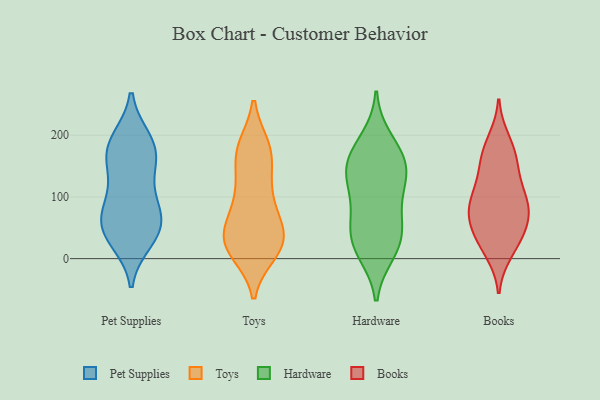
{"axis": {"x": "Population (Million)", "y": "Value"}, "legend": ["Books", "Hardware", "Pet Supplies", "Toys"], "data": [{"x": "", "y": 50, "type": "Pet Supplies"}, {"x": "", "y": 89, "type": "Pet Supplies"}, {"x": "", "y": 98, "type": "Pet Supplies"}, {"x": "", "y": 30, "type": "Pet Supplies"}, {"x": "", "y": 169, "type": "Pet Supplies"}, {"x": "", "y": 192, "type": "Pet Supplies"}, {"x": "", "y": 192, "type": "Pet Supplies"}, {"x": "", "y": 74, "type": "Pet Supplies"}, {"x": "", "y": 138, "type": "Pet Supplies"}, {"x": "", "y": 44, "type": "Pet Supplies"}, {"x": "", "y": 60, "type": "Pet Supplies"}, {"x": "", "y": 171, "type": "Pet Supplies"}, {"x": "", "y": 165, "type": "Pet Supplies"}, {"x": "", "y": 40, "type": "Pet Supplies"}, {"x": "", "y": 16, "type": "Toys"}, {"x": "", "y": 26, "type": "Toys"}, {"x": "", "y": 41, "type": "Toys"}, {"x": "", "y": 165, "type": "Toys"}, {"x": "", "y": 10, "type": "Toys"}, {"x": "", "y": 66, "type": "Toys"}, {"x": "", "y": 16, "type": "Toys"}, {"x": "", "y": 26, "type": "Toys"}, {"x": "", "y": 15, "type": "Toys"}, {"x": "", "y": 35, "type": "Toys"}, {"x": "", "y": 60, "type": "Toys"}, {"x": "", "y": 100, "type": "Toys"}, {"x": "", "y": 116, "type": "Toys"}, {"x": "", "y": 180, "type": "Toys"}, {"x": "", "y": 181, "type": "Toys"}, {"x": "", "y": 47, "type": "Toys"}, {"x": "", "y": 91, "type": "Toys"}, {"x": "", "y": 168, "type": "Toys"}, {"x": "", "y": 181, "type": "Toys"}, {"x": "", "y": 131, "type": "Toys"}, {"x": "", "y": 23, "type": "Hardware"}, {"x": "", "y": 193, "type": "Hardware"}, {"x": "", "y": 68, "type": "Hardware"}, {"x": "", "y": 52, "type": "Hardware"}, {"x": "", "y": 133, "type": "Hardware"}, {"x": "", "y": 160, "type": "Hardware"}, {"x": "", "y": 124, "type": "Hardware"}, {"x": "", "y": 135, "type": "Hardware"}, {"x": "", "y": 168, "type": "Hardware"}, {"x": "", "y": 10, "type": "Hardware"}, {"x": "", "y": 18, "type": "Hardware"}, {"x": "", "y": 47, "type": "Hardware"}, {"x": "", "y": 101, "type": "Hardware"}, {"x": "", "y": 160, "type": "Hardware"}, {"x": "", "y": 17, "type": "Books"}, {"x": "", "y": 157, "type": "Books"}, {"x": "", "y": 98, "type": "Books"}, {"x": "", "y": 34, "type": "Books"}, {"x": "", "y": 192, "type": "Books"}, {"x": "", "y": 58, "type": "Books"}, {"x": "", "y": 84, "type": "Books"}, {"x": "", "y": 38, "type": "Books"}, {"x": "", "y": 162, "type": "Books"}, {"x": "", "y": 98, "type": "Books"}, {"x": "", "y": 59, "type": "Books"}, {"x": "", "y": 10, "type": "Books"}, {"x": "", "y": 119, "type": "Books"}, {"x": "", "y": 180, "type": "Books"}, {"x": "", "y": 145, "type": "Books"}, {"x": "", "y": 66, "type": "Books"}, {"x": "", "y": 77, "type": "Books"}, {"x": "", "y": 97, "type": "Books"}]}